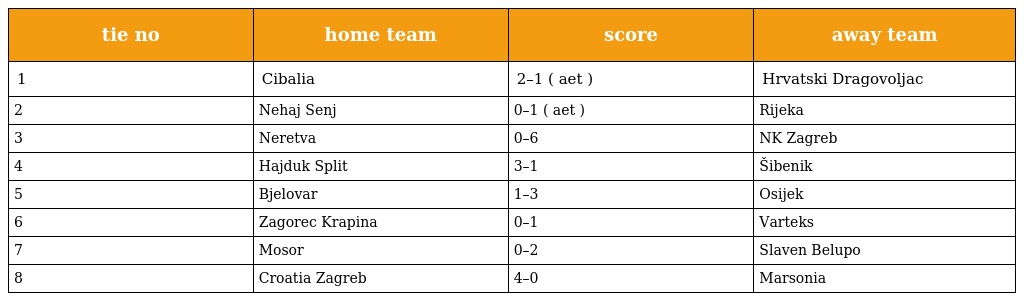
| tie no | home team | score | away team |
 | --- | --- | --- | --- |
 | 1 | Cibalia | 2–1 ( aet ) | Hrvatski Dragovoljac |
 | 2 | Nehaj Senj | 0–1 ( aet ) | Rijeka |
 | 3 | Neretva | 0–6 | NK Zagreb |
 | 4 | Hajduk Split | 3–1 | Šibenik |
 | 5 | Bjelovar | 1–3 | Osijek |
 | 6 | Zagorec Krapina | 0–1 | Varteks |
 | 7 | Mosor | 0–2 | Slaven Belupo |
 | 8 | Croatia Zagreb | 4–0 | Marsonia |